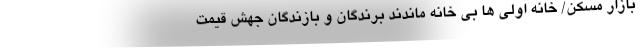
بازار مسکن/ خانه اولی ها بی خانه ماندند برندگان و بازندگان جهش قیمت